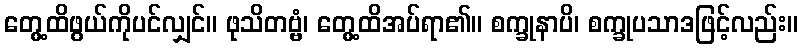
တွေ့ထိဖွယ်ကိုပင်လျှင်။ ဖုသိတဗ္ဗံ၊ တွေ့ထိအပ်ရာ၏။ စက္ခုနာပိ၊ စက္ခုပသာဒဖြင့်လည်း။